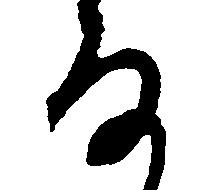
な